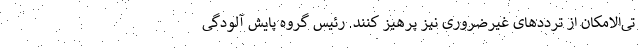
تی‌الامکان از ترددهای غیرضروری نیز پرهیز کنند. رئیس گروه پایش آلودگی